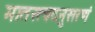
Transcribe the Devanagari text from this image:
मातस्त्वदनुसरणं